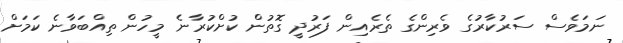
ނަމަވެސް ސަރުކާރުގެ ވެރިންގެ ތެރެއިން ފަރުދީ ގޮތުން ކުށްކުރާނެ މީހުން ތިއްބަވާނެ ކަމަށް